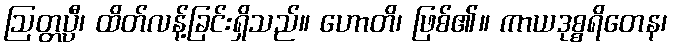
ဩတ္တပ္ပီ၊ ထိတ်လန့်ခြင်းရှိသည်။ ဟောတိ၊ ဖြစ်၏။ ကာယဒုစ္စရိတေန၊